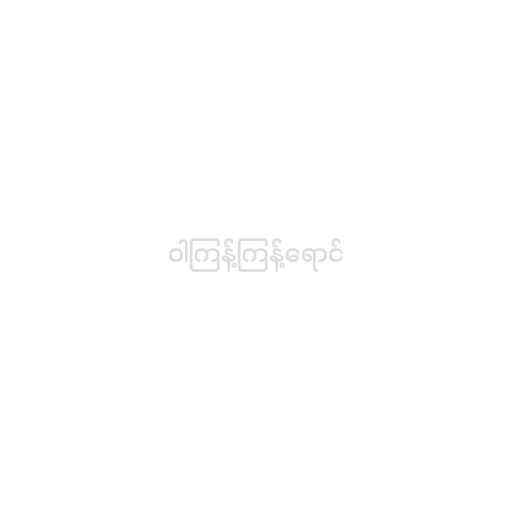
ဝါကြန့်ကြန့်ရောင်